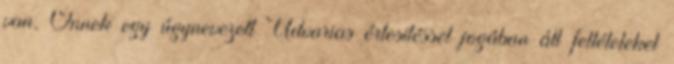
van, Önnek egy úgynevezett Udvarias értesítéssel jogában áll feltételeket